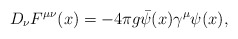
\begin{align*}D_\nu F^{\mu\nu}(x) = - 4 \pi g \bar{\psi}(x) \gamma^\mu \psi(x),\end{align*}